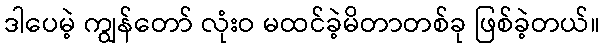
ဒါပေမဲ့ ကျွန်တော် လုံးဝ မထင်ခဲ့မိတာတစ်ခု ဖြစ်ခဲ့တယ်။